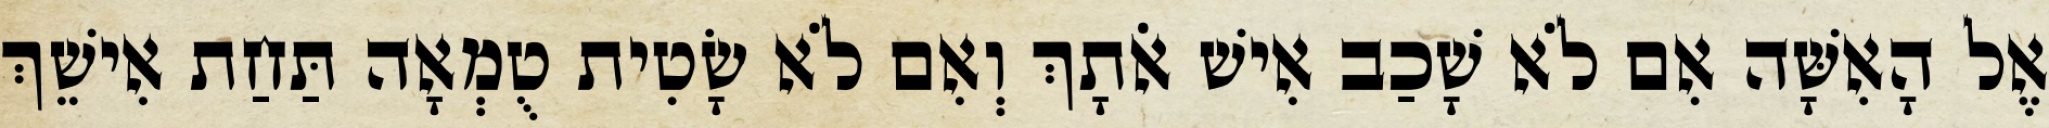
אֶל הָאִשָּׁה אִם לֹא שָׁכַב אִישׁ אֹתָךְ וְאִם לֹא שָׂטִית טֻמְאָה תַּחַת אִישֵׁךְ